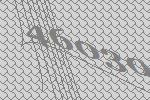
46030